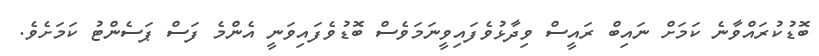
ބޮޑުކުރައްވާނެ ކަމަށް ނައިބް ރައީސް ވިދާޅުވެފައިވީނަމަވެސް ބޮޑުވެފައިވަނީ އެންމެ ފަސް ޕަސެންޓު ކަމަށެވެ.